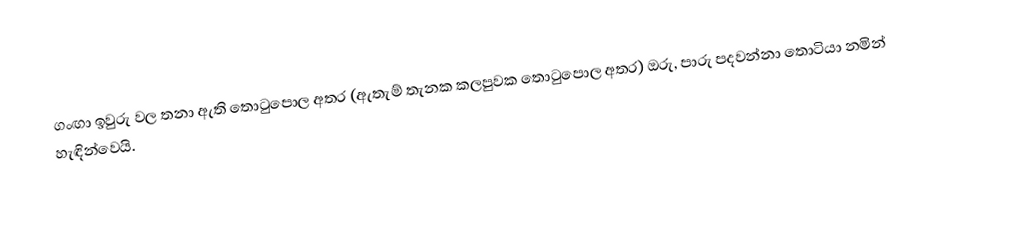
ගංඟා ඉවුරු වල තනා ඇති තොටුපොල අතර (ඇතැම් තැනක කලපුවක තොටුපොල අතර) ඔරු, පාරු පදවන්නා තොටියා නමින් හැඳින්වෙයි.